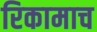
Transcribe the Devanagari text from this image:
रिकामाच